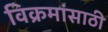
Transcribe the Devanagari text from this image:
विक्रमांसाठी